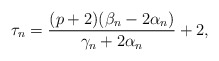
\begin{align*} \tau_n = \frac{(p+2) (\beta_n-2\alpha_n)}{\gamma_n+2 \alpha_n} +2, \end{align*}